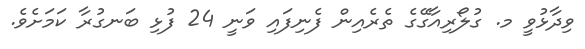
ވިދާޅުވީ މ. ގުލޯރިއާގޭގެ ތެރެއިން ފެނިފައި ވަނީ 24 ފުޅި ބަނގުރާ ކަމަށެވެ.